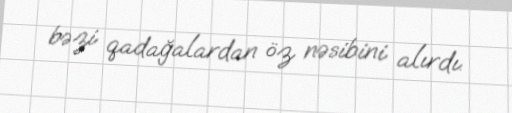
bəzi qadağalardan öz nəsibini alırdı.